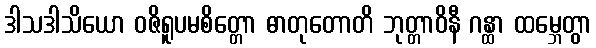
ဒါသဒါသိယော ဝဇိရူပမစိတ္တော ဓာတုတောတိ ဘုတ္တာဝိနီ ဂန္ထာ ထမ္ဘေတွာ